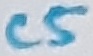
Text: C5